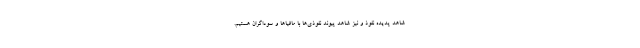
شاهد پدیده نفوذ و نیز شاهد پیوند نفوذی‌ها با مافیاها و سوداگران هستیم.